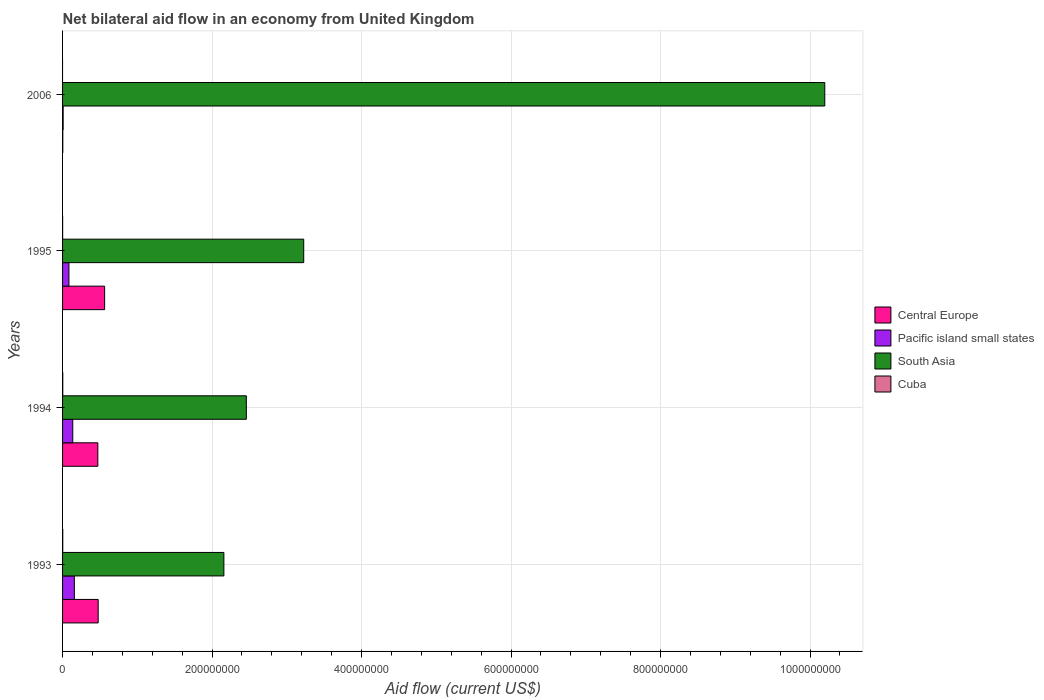
| Years | Central Europe | Pacific island small states | South Asia | Cuba |
 | --- | --- | --- | --- | --- |
 | 1993 | 4.77e+07 | 1.58e+07 | 2.16e+08 | 2.4e+05 |
 | 1994 | 4.72e+07 | 1.36e+07 | 2.46e+08 | 2.7e+05 |
 | 1995 | 5.63e+07 | 8.53e+06 | 3.23e+08 | 8e+04 |
 | 2006 | 3.1e+05 | 8e+05 | 1.02e+09 | -2.93e+06 |